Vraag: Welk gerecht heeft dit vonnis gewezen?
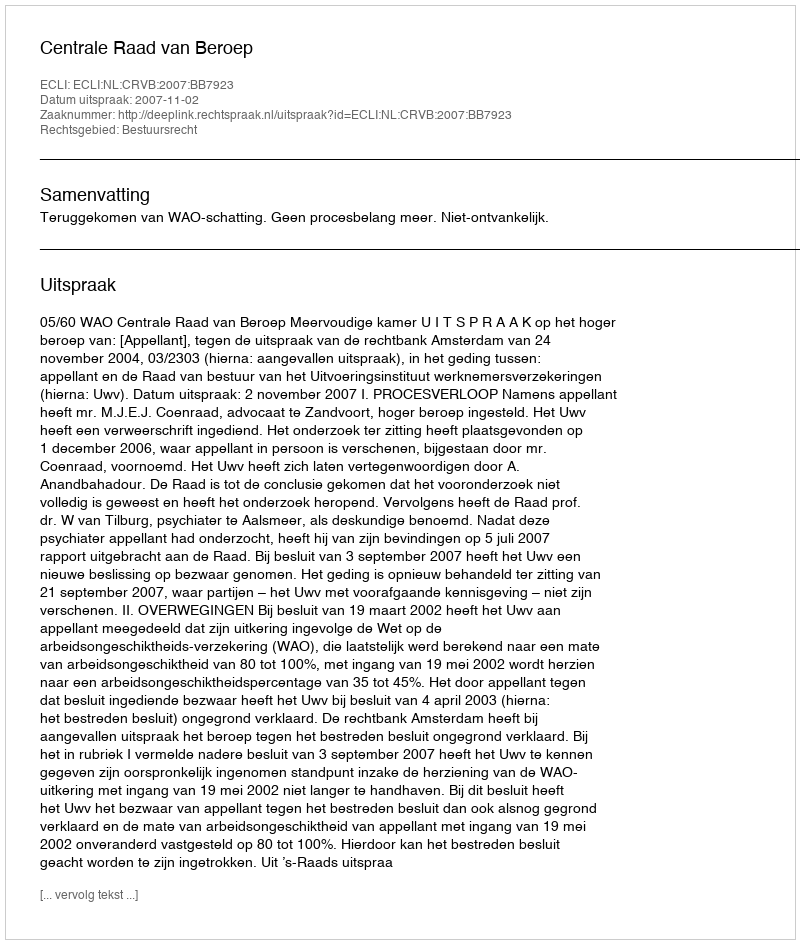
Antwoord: Centrale Raad van Beroep